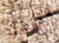
لنأكل